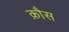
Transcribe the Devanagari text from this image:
क़ौस